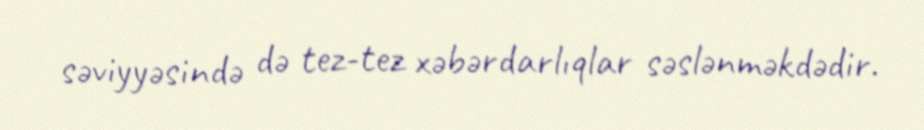
səviyyəsində də tez-tez xəbərdarlıqlar səslənməkdədir.